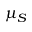
\mu _ { S }